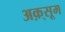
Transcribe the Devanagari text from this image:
अक़्सूम